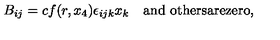
B _ { i j } = c f ( r , x _ { 4 } ) \epsilon _ { i j k } x _ { k } \quad \mathrm { a n d \ o t h e r s a r e z e r o } ,